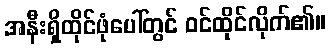
အနီးရှိထိုင်ဖုံပေါ်တွင် ဝင်ထိုင်လိုက်၏။